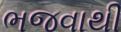
ભજવાથી